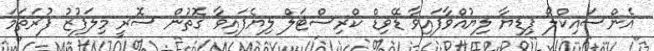
އެންސައިކްލޯ ޕިޑިޔާ ލިޔުއްވާފައިވާ ޑޭވިޑް ކްރިސްޓަލް ލިޔެފައިވާ ގޮތުން ސޮރީ މިލަފުޒު ފުރަތަމަ